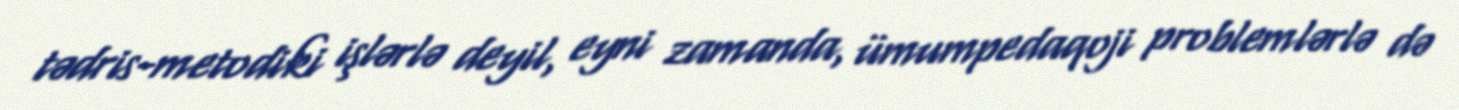
tədris-metodiki işlərlə deyil, eyni zamanda, ümumpedaqoji problemlərlə də